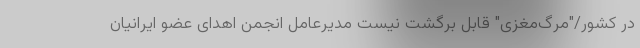
در کشور/"مرگ‌مغزی" قابل برگشت نیست مدیرعامل انجمن اهدای عضو ایرانیان